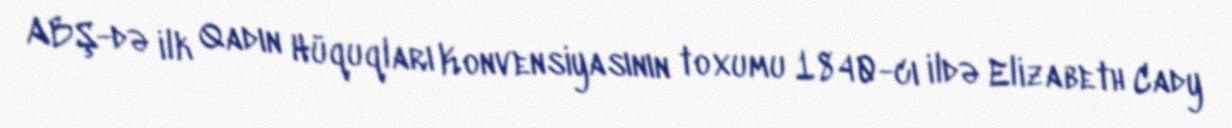
ABŞ-də ilk Qadın Hüquqları Konvensiyasının toxumu 1840-cı ildə Elizabeth Cady